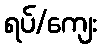
ရပ်/ကျေး